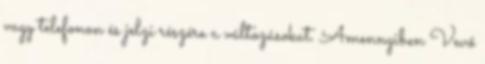
vagy telefonon és jelzi részére a változásokat. Amennyiben Vevő